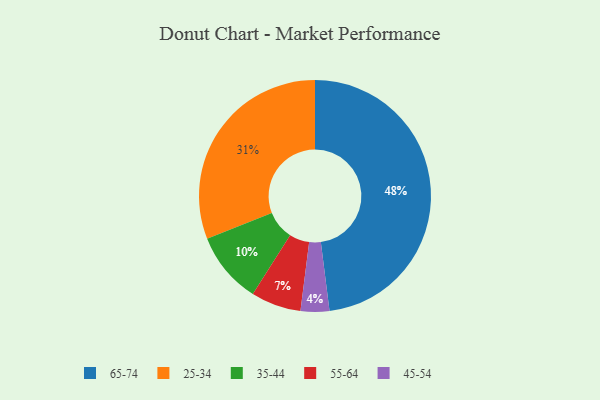
{"axis": {"x": "Category", "y": "Percentage"}, "legend": ["25-34", "35-44", "45-54", "55-64", "65-74"], "data": [{"x": "25-34", "y": 31, "type": "25-34"}, {"x": "55-64", "y": 7, "type": "55-64"}, {"x": "45-54", "y": 4, "type": "45-54"}, {"x": "65-74", "y": 48, "type": "65-74"}, {"x": "35-44", "y": 10, "type": "35-44"}]}